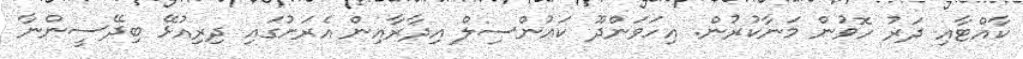
ކާއްޓާއި ދަރު ހޮވުން މަނާކުރުން. އިހަވަންދޫ ކައުންސިލް އިދާރާއިން އެރަށުގައި ދިރިއުޅޭ ބިދޭސީންނާ